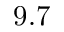
9 . 7